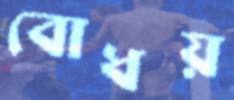
বোধয়